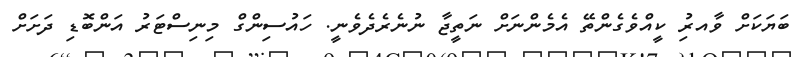
ބަޔަކަށް ވާއރިު ކީއްވެގެންތޭ އެމެންނަށް ނަތީޖާ ނުނެެރެދެވެނީ. ހައުސިންގް މިނިސްޓަރު އަންބޮޑި ދަށަށް